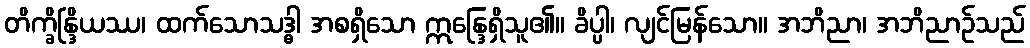
တိက္ခိန္ဒြိယဿ၊ ထက်သောသဒ္ဓါ အစရှိသော ဣန္ဒြေရှိသူ၏။ ခိပ္ပါ၊ လျင်မြန်သော။ အဘိညာ၊ အဘိညာဉ်သည်